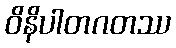
ဝိနိပါတဂတဿ